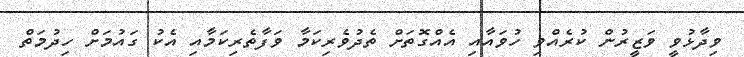
ވިދާޅުވީ ވަޒީރުން ކުރެއްވި ހުވައާއި އެއްގޮތަށް ތެދުވެރިކަމާ ވަފާތެރިކަމާއި އެކު ގައުމަށް ހިދުމަތް